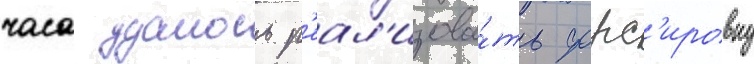
часа удалось р'еал'изова́ть форс'ировку